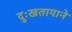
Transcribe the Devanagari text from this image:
दुःखतापाने